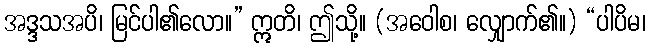
အဒ္ဒသအပိ၊ မြင်ပါ၏လော။” ဣတိ၊ ဤသို့။ (အဝေါစ၊ လျှောက်၏။) “ပါပိမ၊